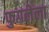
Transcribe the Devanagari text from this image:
फुगलेला